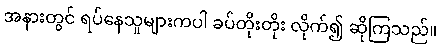
အနားတွင် ရပ်နေသူများကပါ ခပ်တိုးတိုး လိုက်၍ ဆိုကြသည်။